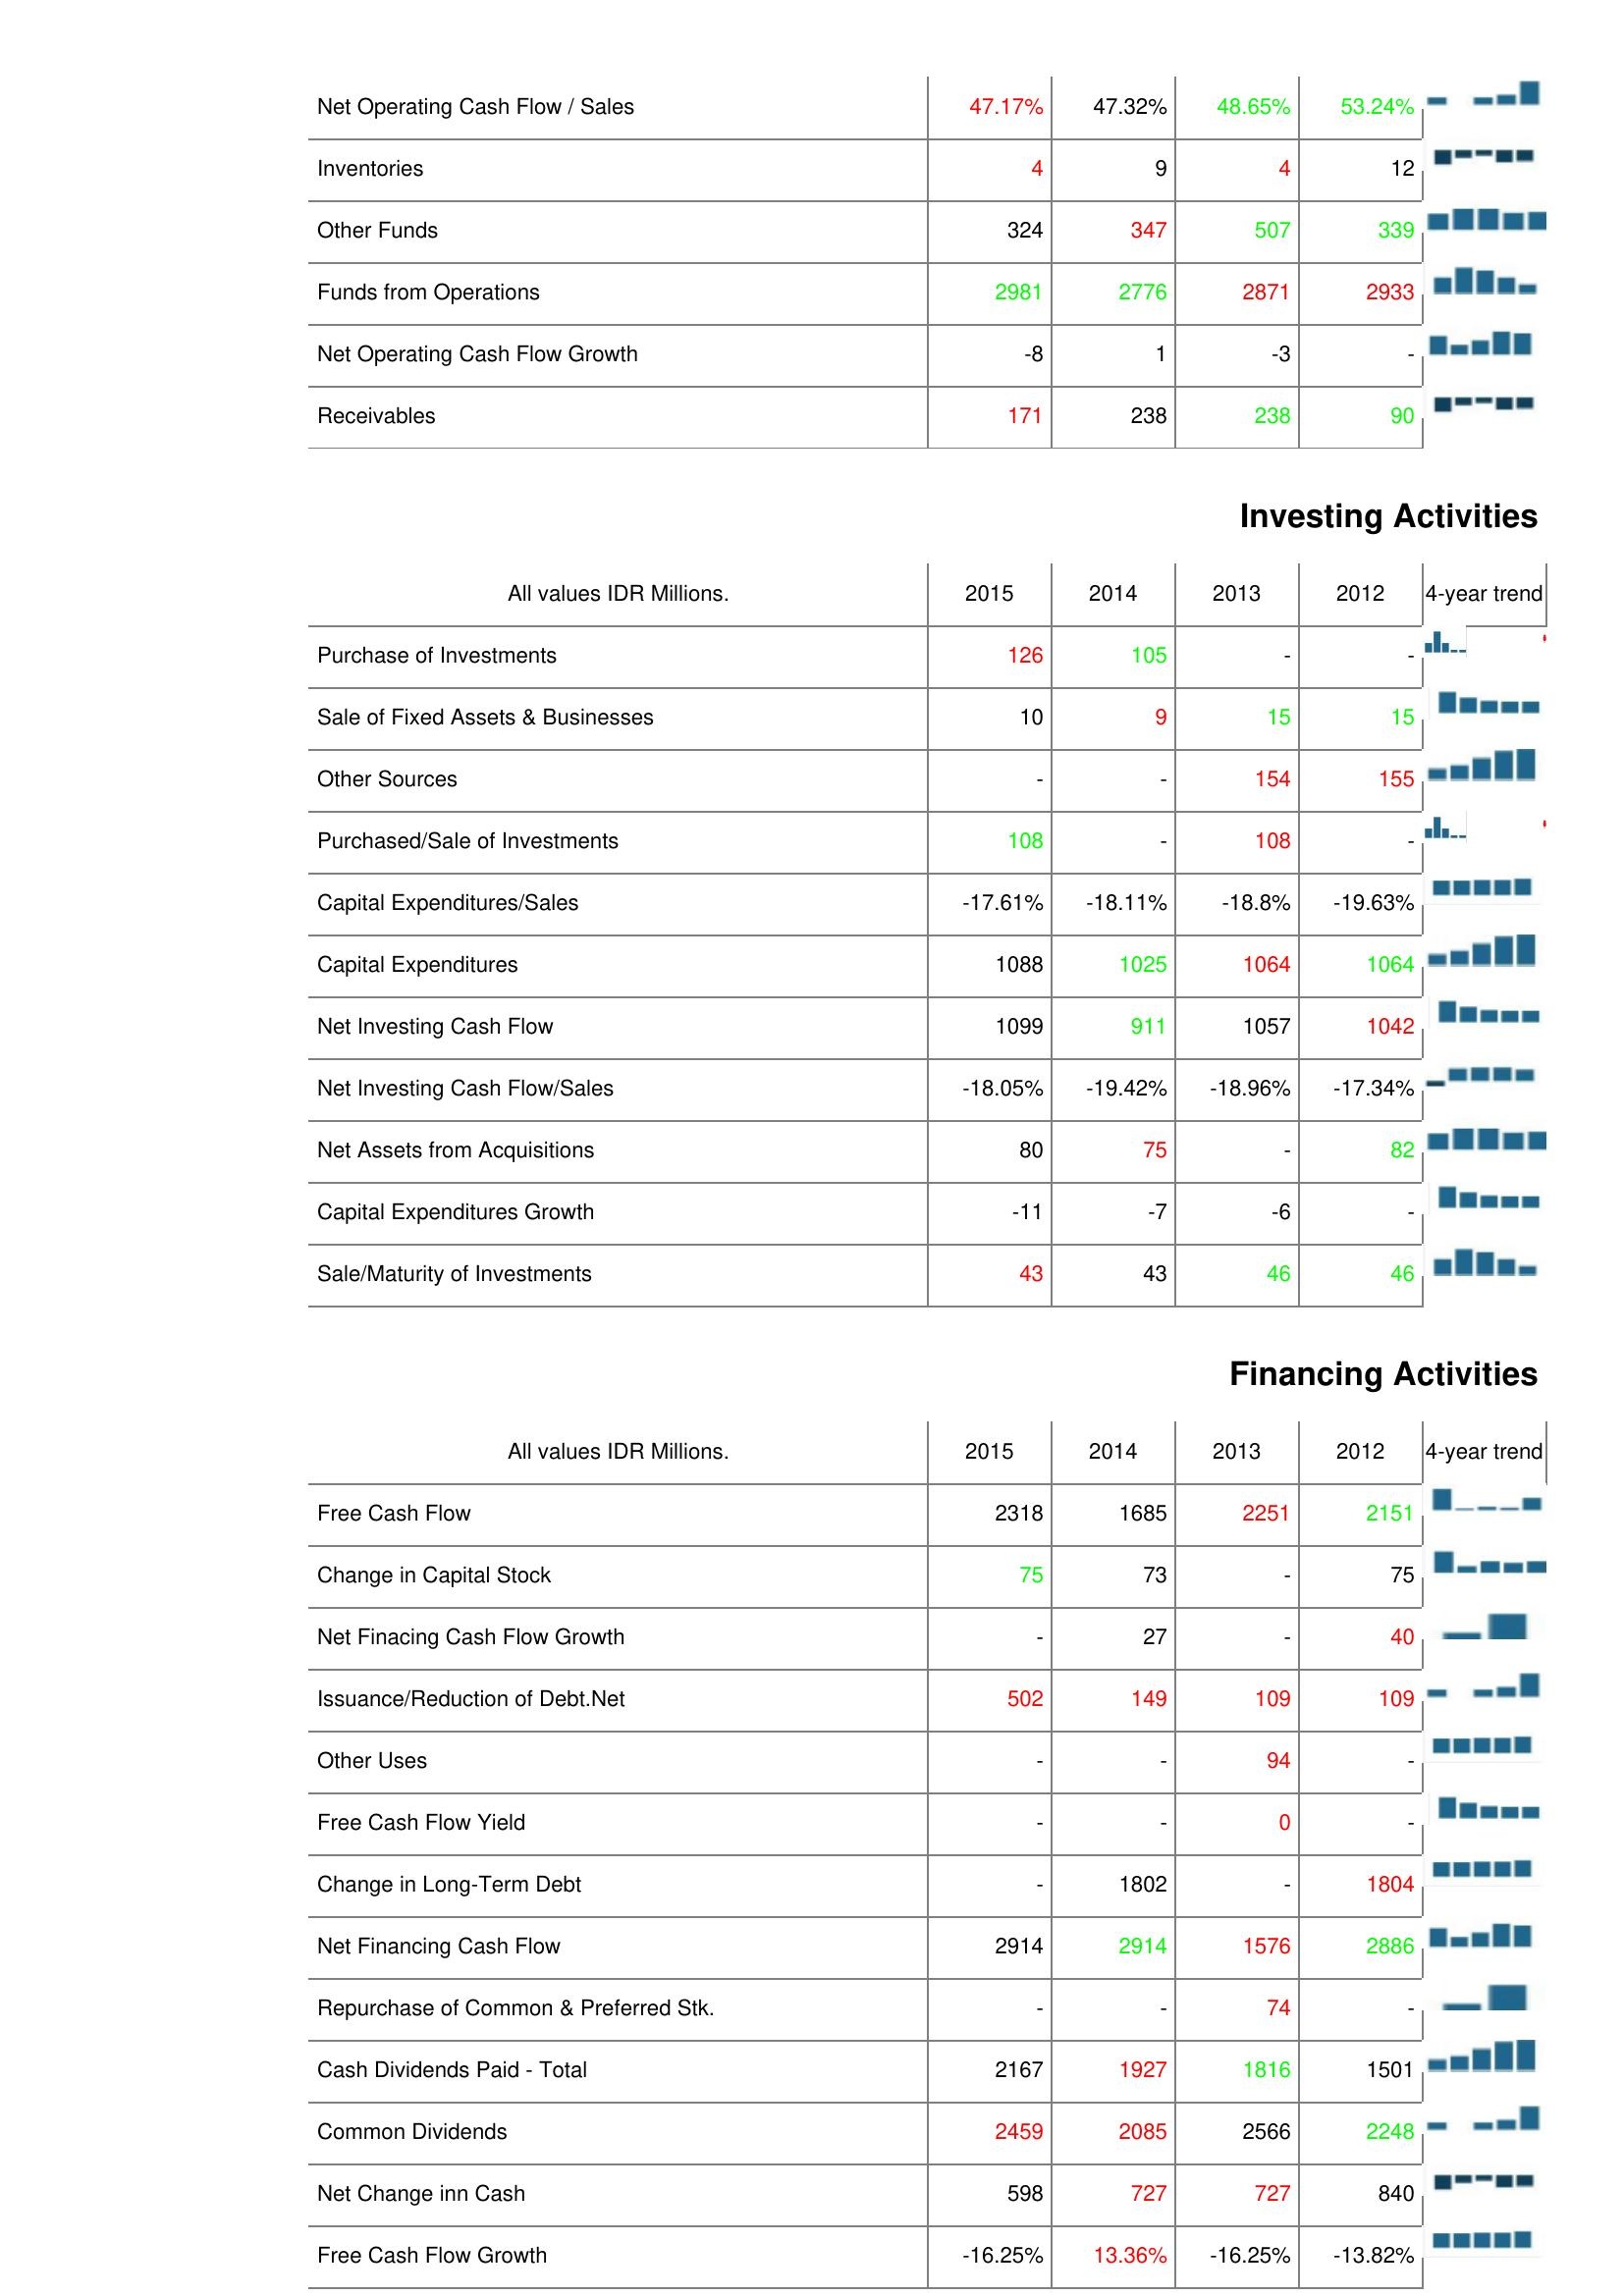
2015: Operating Activities: Net Operating Cash Flow / Sales: 47.17%
Inventories: 4
Other Funds: 324
Funds from Operations: 2981
Net Operating Cash Flow Growth: -8
Receivables: 171
Investing Activities: Purchase of Investments: 126
Sale of Fixed Assets & Businesses: 10
Other Sources: -
Purchased/Sale of Investments: 108
Capital Expenditures/Sales: -17.61%
Capital Expenditures: 1088
Net Investing Cash Flow: 1099
Net Investing Cash Flow/Sales: -18.05%
Net Assets from Acquisitions: 80
Capital Expenditures Growth: -11
Sale/Maturity of Investments: 43
Financing Activities: Free Cash Flow: 2318
Change in Capital Stock: 75
Net Finacing Cash Flow Growth: -
Issuance/Reduction of Debt.Net: 502
Other Uses: -
Free Cash Flow Yield: -
Change in Long-Term Debt: -
Net Financing Cash Flow: 2914
Repurchase of Common & Preferred Stk.: -
Cash Dividends Paid - Total: 2167
Common Dividends: 2459
Net Change inn Cash: 598
Free Cash Flow Growth: -16.25%
2014: Operating Activities: Net Operating Cash Flow / Sales: 47.32%
Inventories: 9
Other Funds: 347
Funds from Operations: 2776
Net Operating Cash Flow Growth: 1
Receivables: 238
Investing Activities: Purchase of Investments: 105
Sale of Fixed Assets & Businesses: 9
Other Sources: -
Purchased/Sale of Investments: -
Capital Expenditures/Sales: -18.11%
Capital Expenditures: 1025
Net Investing Cash Flow: 911
Net Investing Cash Flow/Sales: -19.42%
Net Assets from Acquisitions: 75
Capital Expenditures Growth: -7
Sale/Maturity of Investments: 43
Financing Activities: Free Cash Flow: 1685
Change in Capital Stock: 73
Net Finacing Cash Flow Growth: 27
Issuance/Reduction of Debt.Net: 149
Other Uses: -
Free Cash Flow Yield: -
Change in Long-Term Debt: 1802
Net Financing Cash Flow: 2914
Repurchase of Common & Preferred Stk.: -
Cash Dividends Paid - Total: 1927
Common Dividends: 2085
Net Change inn Cash: 727
Free Cash Flow Growth: 13.36%
2013: Operating Activities: Net Operating Cash Flow / Sales: 48.65%
Inventories: 4
Other Funds: 507
Funds from Operations: 2871
Net Operating Cash Flow Growth: -3
Receivables: 238
Investing Activities: Purchase of Investments: -
Sale of Fixed Assets & Businesses: 15
Other Sources: 154
Purchased/Sale of Investments: 108
Capital Expenditures/Sales: -18.8%
Capital Expenditures: 1064
Net Investing Cash Flow: 1057
Net Investing Cash Flow/Sales: -18.96%
Net Assets from Acquisitions: -
Capital Expenditures Growth: -6
Sale/Maturity of Investments: 46
Financing Activities: Free Cash Flow: 2251
Change in Capital Stock: -
Net Finacing Cash Flow Growth: -
Issuance/Reduction of Debt.Net: 109
Other Uses: 94
Free Cash Flow Yield: 0
Change in Long-Term Debt: -
Net Financing Cash Flow: 1576
Repurchase of Common & Preferred Stk.: 74
Cash Dividends Paid - Total: 1816
Common Dividends: 2566
Net Change inn Cash: 727
Free Cash Flow Growth: -16.25%
2012: Operating Activities: Net Operating Cash Flow / Sales: 53.24%
Inventories: 12
Other Funds: 339
Funds from Operations: 2933
Net Operating Cash Flow Growth: -
Receivables: 90
Investing Activities: Purchase of Investments: -
Sale of Fixed Assets & Businesses: 15
Other Sources: 155
Purchased/Sale of Investments: -
Capital Expenditures/Sales: -19.63%
Capital Expenditures: 1064
Net Investing Cash Flow: 1042
Net Investing Cash Flow/Sales: -17.34%
Net Assets from Acquisitions: 82
Capital Expenditures Growth: -
Sale/Maturity of Investments: 46
Financing Activities: Free Cash Flow: 2151
Change in Capital Stock: 75
Net Finacing Cash Flow Growth: 40
Issuance/Reduction of Debt.Net: 109
Other Uses: -
Free Cash Flow Yield: -
Change in Long-Term Debt: 1804
Net Financing Cash Flow: 2886
Repurchase of Common & Preferred Stk.: -
Cash Dividends Paid - Total: 1501
Common Dividends: 2248
Net Change inn Cash: 840
Free Cash Flow Growth: -13.82%